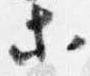
等